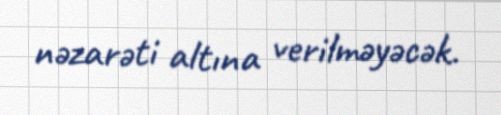
nəzarəti altına verilməyəcək.